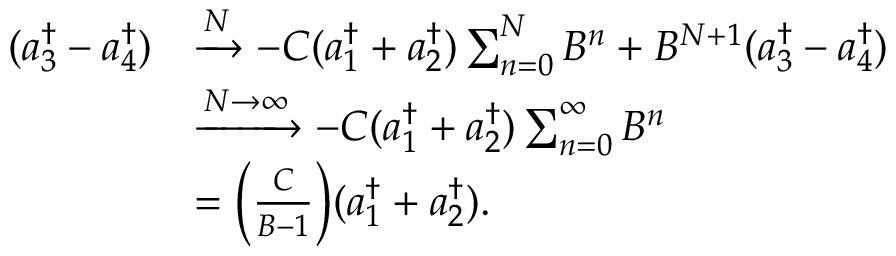
\begin{array} { r l } { ( a _ { 3 } ^ { \dagger } - a _ { 4 } ^ { \dagger } ) } & { \xrightarrow { N } - C ( a _ { 1 } ^ { \dagger } + a _ { 2 } ^ { \dagger } ) \sum _ { n = 0 } ^ { N } B ^ { n } + B ^ { N + 1 } ( a _ { 3 } ^ { \dagger } - a _ { 4 } ^ { \dagger } ) } \\ & { \xrightarrow { N \rightarrow \infty } - C ( a _ { 1 } ^ { \dagger } + a _ { 2 } ^ { \dagger } ) \sum _ { n = 0 } ^ { \infty } B ^ { n } } \\ & { = \bigg ( \frac { C } { B - 1 } \bigg ) ( a _ { 1 } ^ { \dagger } + a _ { 2 } ^ { \dagger } ) . } \end{array}